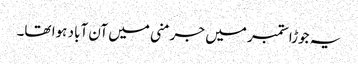
یہ جوڑا ستمبر میں جرمنی میں آن آباد ہوا تھا۔